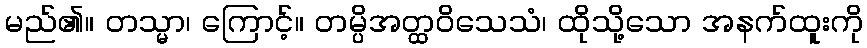
မည်၏။ တသ္မာ၊ ကြောင့်။ တမ္ပိအတ္ထဝိသေသံ၊ ထိုသို့သော အနက်ထူးကို